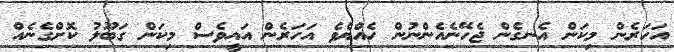
އަހަރެން މިކަން އެނގެން ޖެހޭނެއެންނުން ހެއްޔެވެ އަހަރެން އައީވެސް މިކަން ގަބޫލު ކޮށްގެނެއް